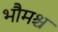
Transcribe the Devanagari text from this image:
भौमश्च